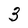
Character: 3